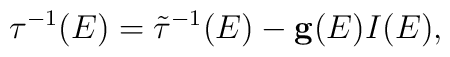
{\bf \tau}^{-1}(E)=\tilde{\bf \tau}^{-1}(E) - {\bf g}(E) I(E),